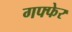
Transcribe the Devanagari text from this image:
गफ्फेर